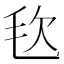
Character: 𣬴